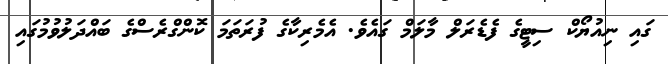
ގައި ނިއުޔޯކް ސިޓީގެ ފެޑެރަލް މާލަމް ގައެވެ. އެމެރިކާގެ ފުރަތަމަ ކޮންގްރެސްގެ ބައްދަލުވުމުގައި